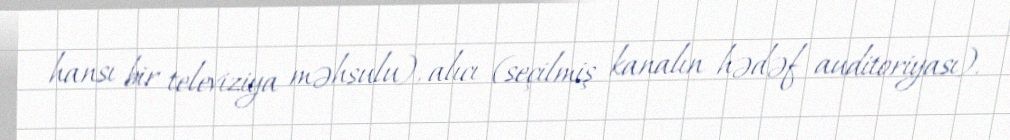
hansı bir televiziya məhsulu), alıcı (seçilmiş kanalın hədəf auditoriyası).